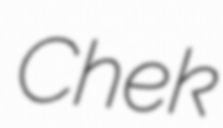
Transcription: Chek